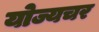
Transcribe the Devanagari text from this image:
योज्यचर